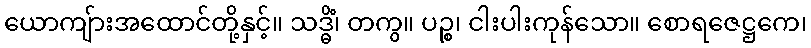
ယောကျ်ားအထောင်တို့နှင့်။ သဒ္ဓိံ၊ တကွ။ ပဉ္စ၊ ငါးပါးကုန်သော။ စောရဇေဋ္ဌကေ၊